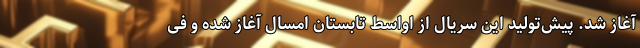
آغاز شد. پیش‌تولید این سریال از اواسط تابستان امسال آغاز شده و فی